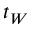
t _ { W }